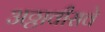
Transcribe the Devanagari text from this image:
अठ्ठावीसवे